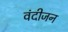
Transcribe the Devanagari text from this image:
वंदीजन